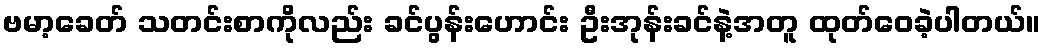
ဗမာ့ခေတ် သတင်းစာကိုလည်း ခင်ပွန်းဟောင်း ဦးအုန်းခင်နဲ့အတူ ထုတ်ဝေခဲ့ပါတယ်။